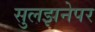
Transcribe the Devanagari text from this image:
सुलझनेपर